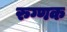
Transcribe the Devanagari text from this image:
रुग्णक